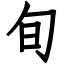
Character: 旬